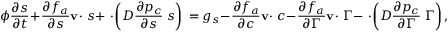
\phi \frac { \partial s } { \partial t } + \frac { \partial f _ { a } } { \partial s } { { \bf v } } \cdot { \bf \nabla } s + { \bf \nabla } \cdot \left( D \frac { \partial p _ { c } } { \partial s } { \bf \nabla } s \right) \, = g _ { s } - \frac { \partial f _ { a } } { \partial c } { { \bf v } } \cdot { \bf \nabla } c - \frac { \partial f _ { a } } { \partial \Gamma } { { \bf v } } \cdot { \bf \nabla } \Gamma - { \bf \nabla } \cdot \left( D \frac { \partial p _ { c } } { \partial \Gamma } { \bf \nabla } \Gamma \right) ,